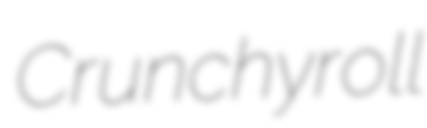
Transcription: Crunchyroll